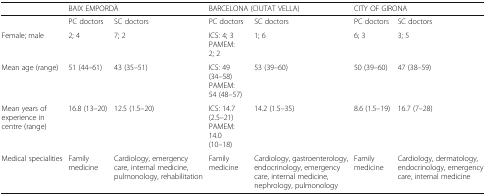
|  | <COLSPAN=2> BAIX EMPORDÀ | <COLSPAN=2> BARCELONA (CIUTAT VELLA) | <COLSPAN=2> CITY OF GIRONA |
 | --- | --- | --- | --- | --- | --- | --- |
 |  | PC doctors | SC doctors | PC doctors | SC doctors | PC doctors | SC doctors |
 | Female; male | 2; 4 | 7; 2 | ICS: 4; 3PAMEM: 2; 2 | 1; 6 | 6; 3 | 3; 5 |
 | Mean age (range) | 51 (44–61) | 43 (35–51) | ICS: 49 (34–58)PAMEM: 54 (48–57) | 53 (39–60) | 50 (39–60) | 47 (38–59) |
 | Mean years of experience in centre (range) | 16.8 (13–20) | 12.5 (1.5–20) | ICS: 14.7 (2.5–21)PAMEM: 14.0 (10–18) | 14.2 (1.5–35) | 8.6 (1.5–19) | 16.7 (7–28) |
 | Medical specialities | Family medicine | Cardiology, emergency care, internal medicine, pulmonology, rehabilitation | Family medicine | Cardiology, gastroenterology, endocrinology, emergency care, internal medicine, nephrology, pulmonology | Family medicine | Cardiology, dermatology, endocrinology, emergencycare, internal medicine |